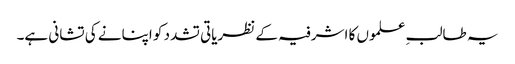
یہ طالبِ علموں کا اشرفیہ کے نظریاتی تشدد کو اپنانے کی تشانی ہے۔